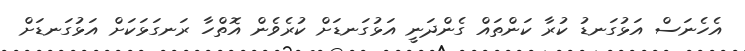
އެހެނަސް އަޅުގަނޑު ކުރާ ކަންތައް ގެންދަނީ އަޅުގަނޑަށް ކުރެވެން އޮތްހާ ރަނގަޅަކަށް އަޅުގަނޑަށް